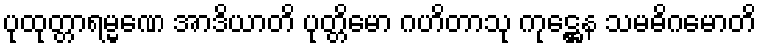
ပုထုတ္တာရမ္မဏေ အာဒိယာတိ ပုတ္တိမော ဂဟိတာသု ကုဋ္ဌေန သမဓိဂမောတိ